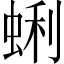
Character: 蜊